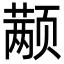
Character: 颟